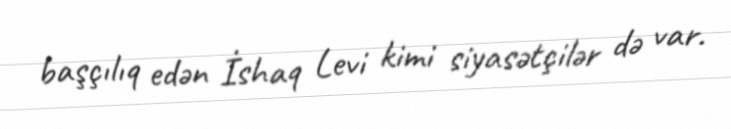
başçılıq edən İshaq Levi kimi siyasətçilər də var.